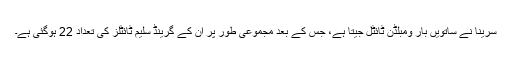
سرینا نے ساتویں بار ومبلڈن ٹائٹل جیتا ہے، جس کے بعد مجموعی طور پر ان کے گرینڈ سلیم ٹائٹلز کی تعداد 22 ہوگئی ہے۔